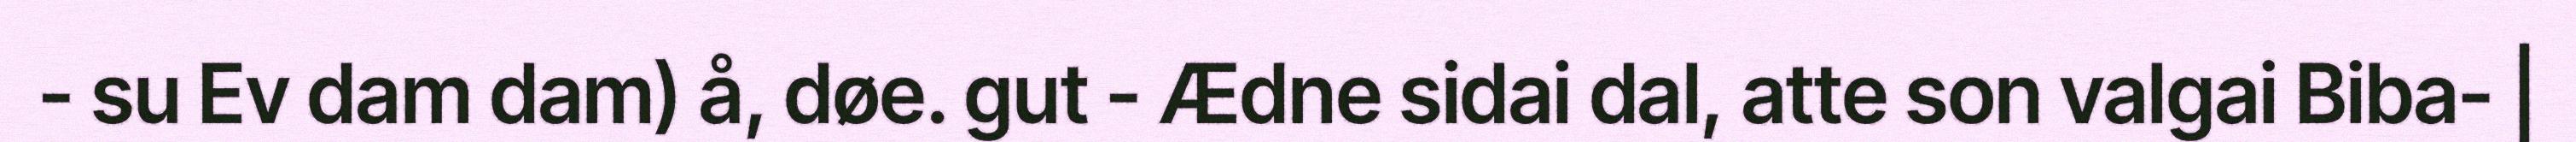
- su Ev dam dam) å, døe. gut - Ædne sidai dal, atte son valgai Biba- |